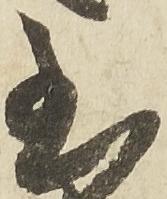
至